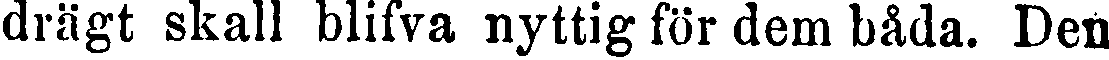
drägt skall blifva nyttig för dem båda. Den